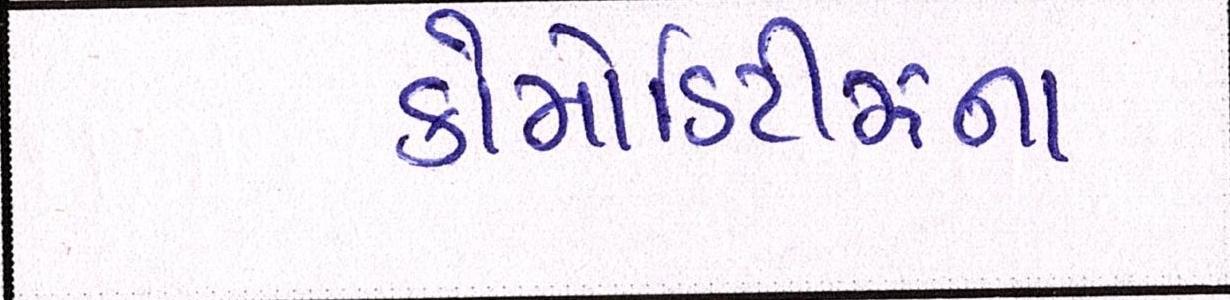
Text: કોમોડિટીઝના